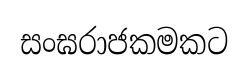
සංඝරාජකමකට